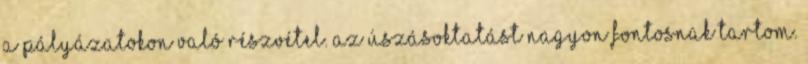
a pályázatokon való részvétel. Az úszásoktatást nagyon fontosnak tartom.